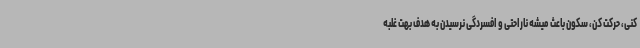
کنی، حرکت کن، سکون باعث میشه ناراحتی و افسردگی نرسیدن به هدف بهت غلبه